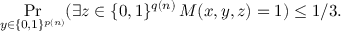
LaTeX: \Pr _ { y \in \{ 0 , 1 \} ^ { p ( n ) } } ( \exists z \in \{ 0 , 1 \} ^ { q ( n ) } \, M ( x , y , z ) = 1 ) \leq 1 / 3 .